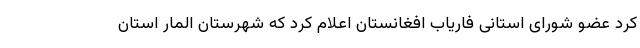
کرد عضو شورای استانی فاریاب افغانستان اعلام کرد که شهرستان المار استان